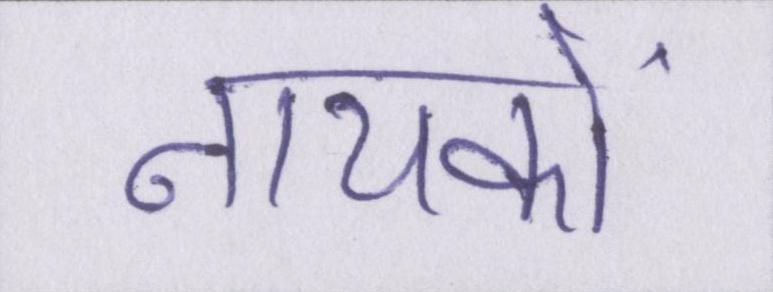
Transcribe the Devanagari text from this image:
नायकों